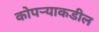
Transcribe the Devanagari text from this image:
कोपऱ्याकडील